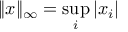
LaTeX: \| x \| _ { \infty } = \sup _ { i } | x _ { i } |